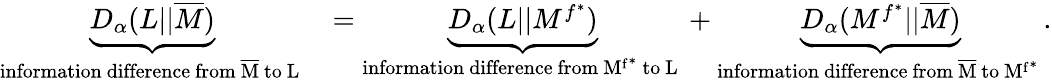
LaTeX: \begin{array}{rl}{\underbrace{D_{\alpha}(L||\overline{{M}})}_{\mathrm{information~difference~from~\overline{{M}}~to~L~}}}&{=\underbrace{D_{\alpha}(L||M^{f^{*}})}_{\mathrm{information~difference~from~M^{f^*}~to~L~}}+\underbrace{D_{\alpha}(M^{f^{*}}||\overline{{M}})}_{\mathrm{information~difference~from~\overline{{M}}~to~M^{f^*}~}}.}\end{array}